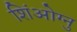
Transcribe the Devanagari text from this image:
शिंओग्नु